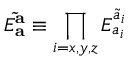
E _ { \mathbf { a } } ^ { \mathbf { \tilde { a } } } \equiv \prod _ { i = { x , y , z } } E _ { a _ { i } } ^ { \tilde { a } _ { i } }